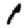
Digit: 1